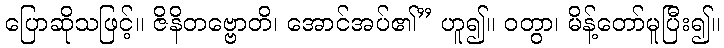
ပြောဆိုသဖြင့်။ ဇိနိတဗ္ဗောတိ၊ အောင်အပ်၏” ဟူ၍။ ဝတွာ၊ မိန့်တော်မူပြီး၍။